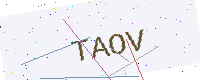
Text: TAOV